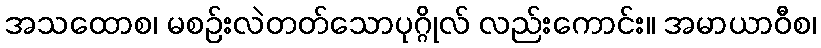
အသထောစ၊ မစဉ်းလဲတတ်သောပုဂ္ဂိုလ် လည်းကောင်း။ အမာယာဝီစ၊